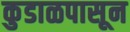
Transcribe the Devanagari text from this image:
कुडाळपासून